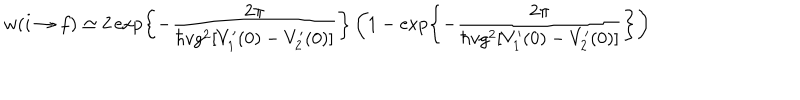
LaTeX: w ( i \rightarrow f ) \simeq 2 \exp \left\{ - { \frac { 2 \pi } { \hbar v g ^ { 2 } [ V _ { 1 } ^ { \prime } ( 0 ) - V _ { 2 } ^ { \prime } ( 0 ) ] } } \right\} \left( 1 - \exp \left\{ - { \frac { 2 \pi } { \hbar v g ^ { 2 } [ V _ { 1 } ^ { \prime } ( 0 ) - V _ { 2 } ^ { \prime } ( 0 ) ] } } \right\} \right)